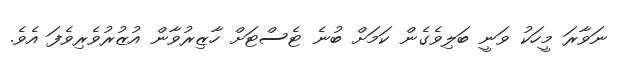
ނަވާރަ މީހަކު ވަނީ ބަލިވެގެން ކަމަށް ބުނެ ޓެސްޓަށް ހާޒިރުވާން އުޒުރުވެރިވެފަ އެވެ.